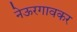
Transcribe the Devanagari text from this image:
नेऊरगावकर